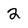
Character: 2